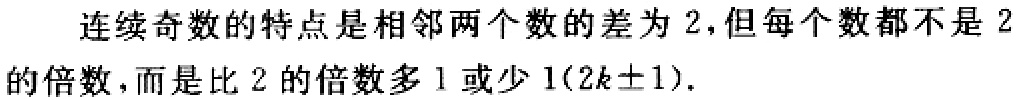
连续奇数的特点是相邻两个数的差为 2,但每个数都不是 2的倍数,而是比 2 的倍数多 1 或少 1(\(2k\pm1\)).